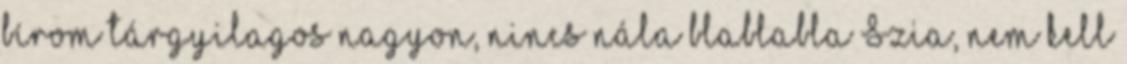
bírom tárgyilagos nagyon, nincs nála blablabla Szia, nem kell